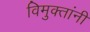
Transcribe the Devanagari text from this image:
विमुक्तांनी